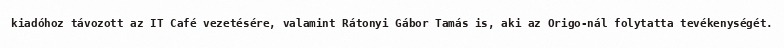
kiadóhoz távozott az IT Café vezetésére, valamint Rátonyi Gábor Tamás is, aki az Origo-nál folytatta tevékenységét.